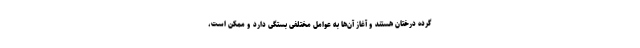
گرده درختان هستند و آغاز آن‌ها به عوامل مختلفی بستگی دارد و ممکن است،